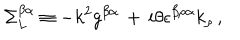
\Sigma _ { L } ^ { \beta \alpha } \equiv - k ^ { 2 } g ^ { \beta \alpha } \, + \, i \theta \epsilon ^ { \beta \rho \alpha } k _ { \rho } \, ,